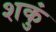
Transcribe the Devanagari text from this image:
शकुं